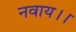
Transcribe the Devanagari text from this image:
नवाय।।